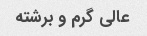
عالی گرم و برشته